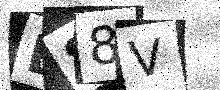
Text: D88V